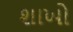
શાખો